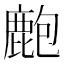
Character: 𪊡